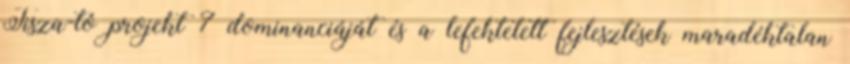
Tisza-tó projekt 7 dominanciáját és a lefektetett fejlesztések maradéktalan